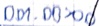
Text: DB1.DBX0.0